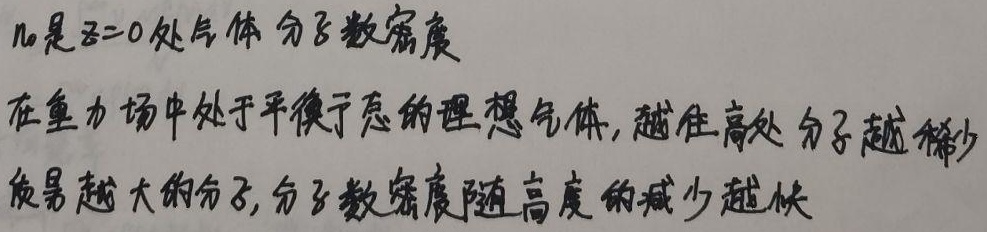
$n_0$是$z = 0$处气体分子数密度。在重力场中处于平衡态的理想气体，越往高处分子越稀少，质量越大的分子，分子数密度随高度的减少越快。